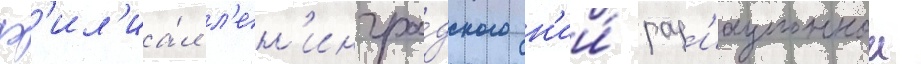
ф'ил'иа́л л'ен'ингра́дского н'ии́ рад'иационнои